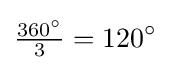
{\tfrac {360^{\circ }}{3}}=120^{\circ }